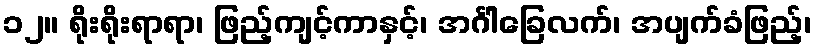
၁၂။ ရိုးရိုးရာရာ၊ ဖြည့်ကျင့်ကာနှင့်၊ အင်္ဂါခြေလက်၊ အပျက်ခံဖြည့်၊